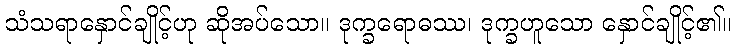
သံသရာနှောင်ချိုင့်ဟု ဆိုအပ်သော။ ဒုက္ခရောဓဿ၊ ဒုက္ခဟူသော နှောင်ချိုင့်၏။